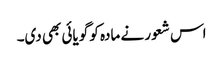
اس شعور نے مادہ کو گویائی بھی دی۔